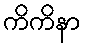
ကိကိနာ